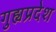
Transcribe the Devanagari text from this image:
गुह्यप्रदेश